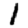
Digit: 1